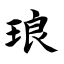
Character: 琅